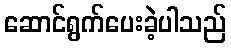
ဆောင်ရွက်ပေးခဲ့ပါသည်